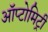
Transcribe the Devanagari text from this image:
ऑप्टोमिट्री